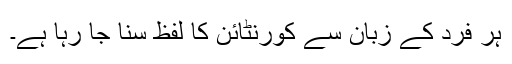
ہر فرد کے زبان سے کورنٹائن کا لفظ سنا جا رہا ہے۔